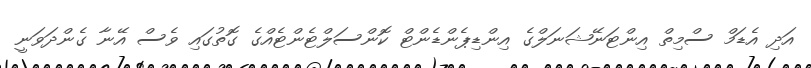
އަދި އެޑަމް ސްމިތް އިންޓަނޭޝަނަލްގެ އިންޑިޕެންޑެންޓް ކޮންސަލްޓެންޓެއްގެ ގޮތުގައި ވެސް އޭނާ ގެންދަވަނީ